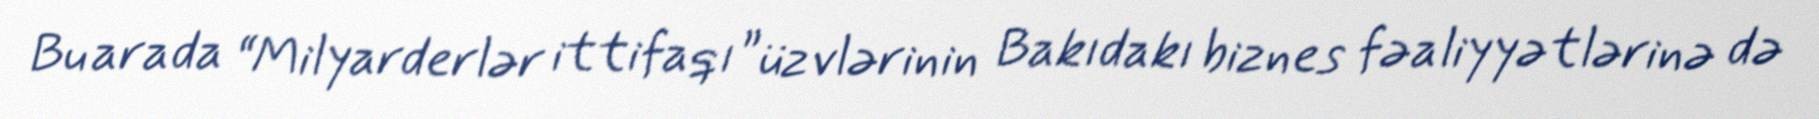
Bu arada “Milyarderlər ittifaqı” üzvlərinin Bakıdakı biznes fəaliyyətlərinə də